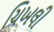
ચિખલી